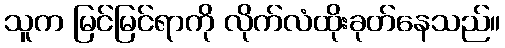
သူက မြင်မြင်ရာကို လိုက်လံထိုးခုတ်နေသည်။